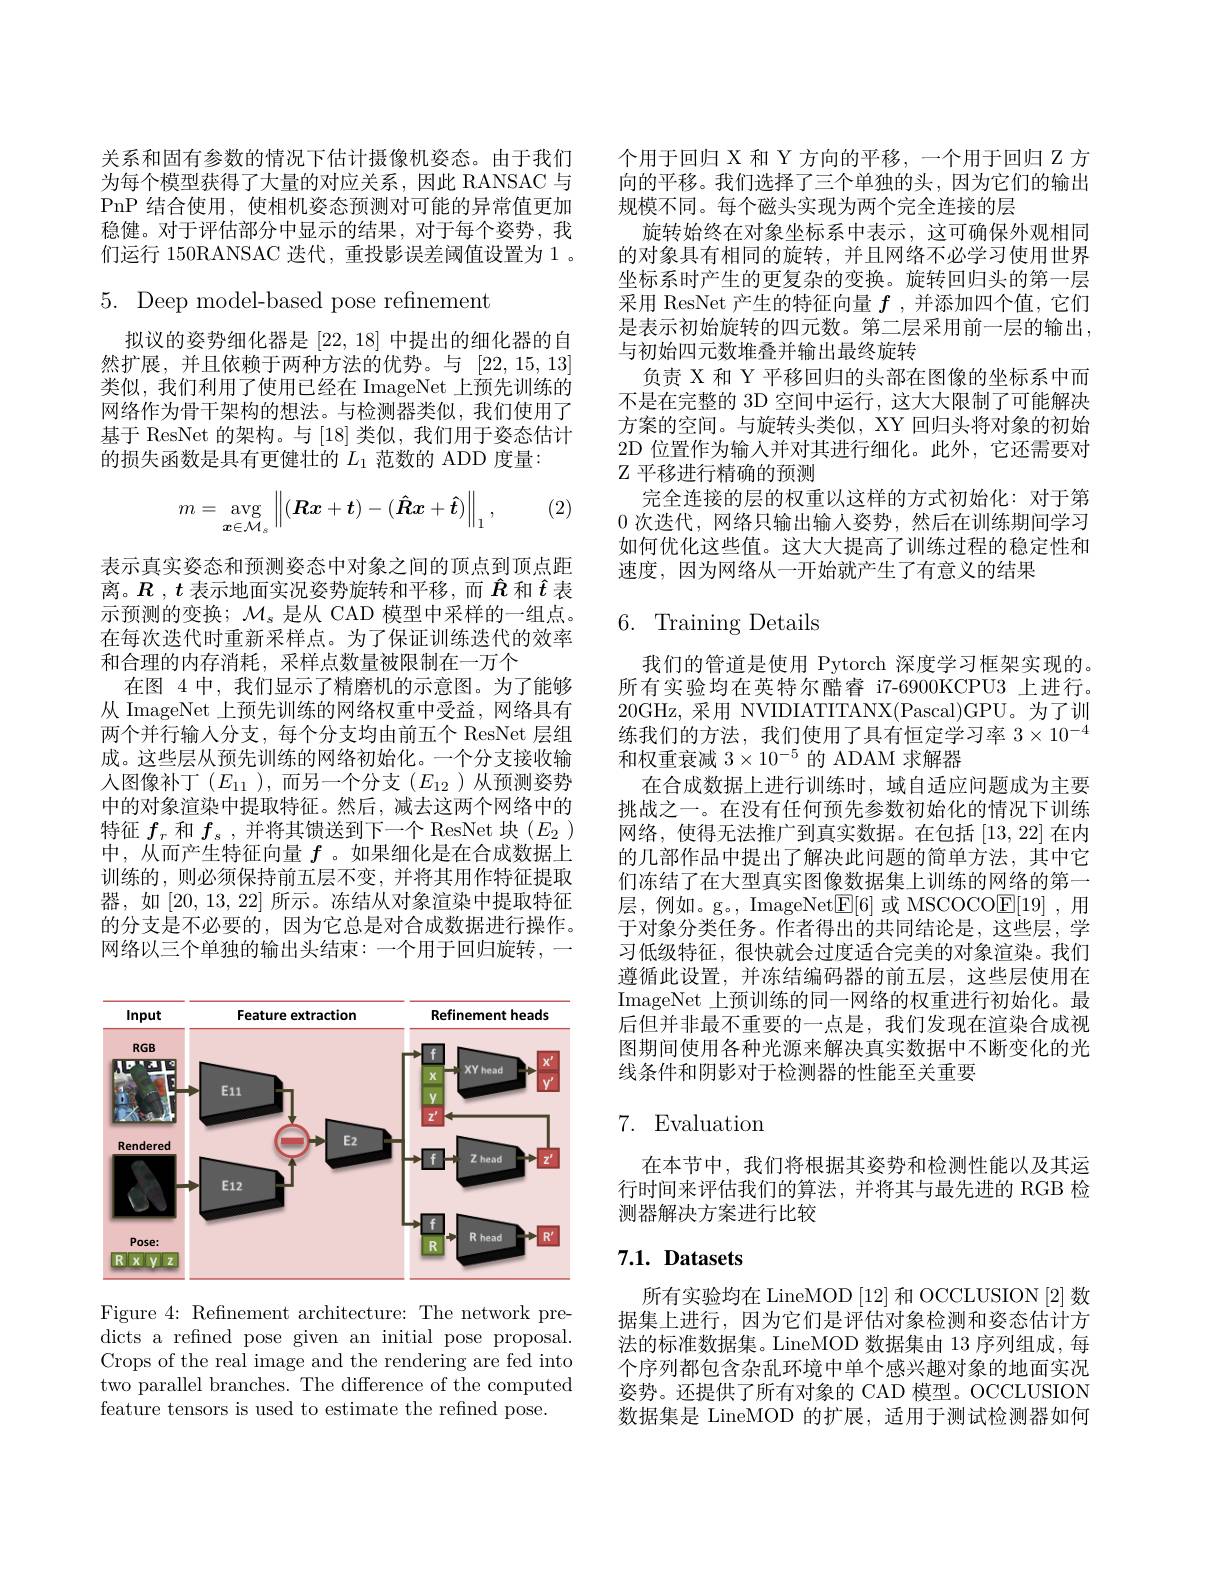
关系和固有参数的情况下估计摄像机姿态。由于我们为每个模型获得了大量的对应关系，因此 RANSAC 与PnP 结合使用，使相机姿态预测对可能的异常值更加稳健。对于评估部分中显示的结果，对于每个姿势，我们运行 150RANSAC 迭代，重投影误差阈值设置为 1 。

5. Deep model-based pose refinement

拟议的姿势细化器是[22,18]中提出的细化器的自然扩展，并且依赖于两种方法的优势。与[22,15,13] 类似，我们利用了使用已经在 ImageNet 上预先训练的网络作为骨干架构的想法。与检测器类似，我们使用了基于 ResNet 的架构。与 [18]类似，我们用于姿态估计的损失函数是具有更健壮的$L_{1}$范数的 ADD 度量：

, (2)
$$m=\underset{\boldsymbol{x}\in\mathcal{M}_s}{\text{avg}}\left\|(\boldsymbol{R}\boldsymbol{x}+\boldsymbol{t})-(\boldsymbol{\hat{R}}\boldsymbol{x}+\boldsymbol{\hat{t}})\right\|_1,$$
表示真实姿态和预测姿态中对象之间的顶点到顶点距离。$R,t$表示地面实况姿势旋转和平移，而$\hat{R}$和$\hat{t}$表示预测的变换；$\mathcal{M}_s$是从 CAD 模型中采样的一组点。在每次迭代时重新采样点。为了保证训练迭代的效率和合理的内存消耗，采样点数量被限制在一万个
在图 4 中，我们显示了精磨机的示意图。为了能够从 ImageNet 上预先训练的网络权重中受益，网络具有两个并行输人分支，每个分支均由前五个 ResNet 层组成。这些层从预先训练的网络初始化。一个分支接收输人图像补丁($E_{11}$ ),而另一个分支($E_12$)从预测姿势中的对象渲染中提取特征。然后，减去这两个网络中的特征$f_r$和$f_s$ ,并将其馈送到下一个 ResNet 块($E_2$ ) 中，从而产生特征向量$f$ 。如果细化是在合成数据上训练的，则必须保持前五层不变，并将其用作特征提取器，如[20,13,22] 所示。冻结从对象渲染中提取特征的分支是不必要的，因为它总是对合成数据进行操作。网络以三个单独的输出头结束：一个用于回归旋转，一

<FigureHere>

Figure 4: Refinement architecture: The network predicts a refined pose given an initial pose proposal. Crops of the real image and the rendering are fed into two parallel branches. The difference of the computed feature tensors is used to estimate the refined pose.

个用于回归 X 和 Y 方向的平移，一个用于回归 Z 方向的平移。我们选择了三个单独的头，因为它们的输出规模不同。每个磁头实现为两个完全连接的层
旋转始终在对象坐标系中表示，这可确保外观相同的对象具有相同的旋转，并且网络不必学习使用世界坐标系时产生的更复杂的变换。旋转回归头的第一层采用 ResNet 产生的特征向量$f$ ,并添加四个值，它们是表示初始旋转的四元数。第二层采用前一层的输出， 与初始四元数堆叠并输出最终旋转
负责 X 和 Y 平移回归的头部在图像的坐标系中而不是在完整的 3D 空间中运行，这大大限制了可能解决方案的空间。与旋转头类似，XY 回归头将对象的初始2D 位置作为输入并对其进行细化。此外，它还需要对$\mathbb{Z}$平移进行精确的预测
完全连接的层的权重以这样的方式初始化：对于第0次迭代，网络只输出输入姿势，然后在训练期间学习如何优化这些值。这大大提高了训练过程的稳定性和速度，因为网络从一开始就产生了有意义的结果

## 6. Training Details

我们的管道是使用 Pytorch 深度学习框架实现的。所有实验均在英特尔酷睿 i7-6900KCPU3 上进行。20GHz,采用 NVIDIATITANX(Pascal)GPU。为了训练我们的方法，我们使用了具有恒定学习率$3\times10^{-4}$ 和权重衰减$3\times10^{-5}$的 ADAM 求解器
在合成数据上进行训练时，域自适应问题成为主要挑战之一。在没有任何预先参数初始化的情况下训练网络，使得无法推广到真实数据。在包括[13,22]在内的几部作品中提出了解决此问题的简单方法，其中它们冻结了在大型直实图像数据集上训练的网络的第一层，例如。g。, ImageNet$\underline{\mathrm{E}}[6]$或 MSCOCO$\underline{\mathrm{E}}[19]$,用于对象分类任务。作者得出的共同结论是，这些层，学习低级特征，很快就会过度适合完美的对象渲染。我们遵循此设置，并冻结编码器的前五层，这些层使用在ImageNet 上预训练的同一网络的权重进行初始化。最后但并非最不重要的一点是，我们发现在渲染合成视图期间使用各种光源来解决真实数据中不断变化的光线条件和阴影对于检测器的性能至关重要

## 7. Evaluation

在本节中，我们将根据其姿势和检测性能以及其运行时间来评估我们的算法，并将其与最先进的 RGB 检测器解决方案进行比较

## $7. 1. \textbf{ Datasets}$

所有实验均在 LineMOD [12] 和 OCCLUSION [2]数据集上进行，因为它们是评估对象检测和姿态估计方法的标准数据集。LineMOD 数据集由 13 序列组成，每个序列都包含杂乱环境中单个感兴趣对象的地面实况姿势。还提供了所有对象的 CAD 模型。OCCLUSION 数据集是 LineMOD 的扩展，适用于测试检测器如何